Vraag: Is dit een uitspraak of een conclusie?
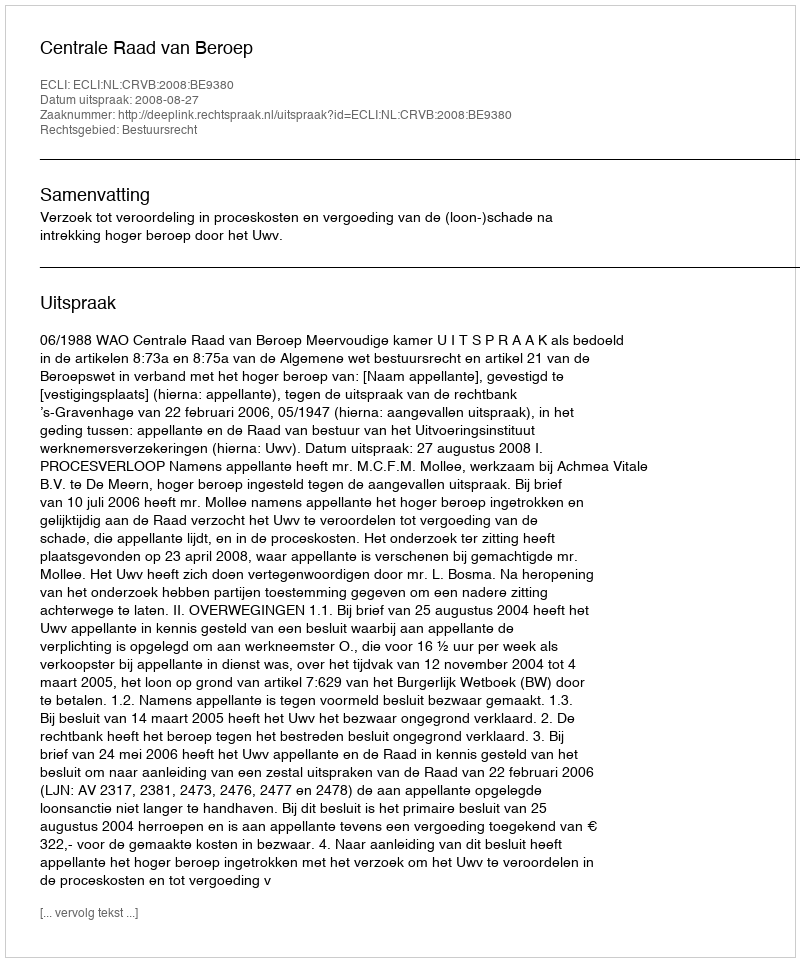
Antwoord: Uitspraak